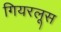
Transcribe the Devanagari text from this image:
गियरलूस